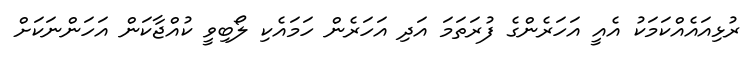
ރުޅިއައެއްކަމަކު އެއީ އަހަރެންގެ ފުރަތަމަ އަދި އަހަރެން ހަމައެކި ލޯބިވީ ކުއްޖާކަން އަހަންނަކަށް